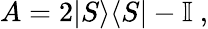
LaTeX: A=2\vert S\rangle\langle S\vert-\mathbb{I}~,